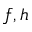
f , h